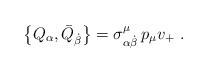
LaTeX: \begin{align*}\left\{ Q_\alpha ,\bar{Q}_{\dot{\beta}}\right\} =\sigma _{\alpha \dot{\beta}}^\mu \,p_\mu v_{+}\,\,. \end{align*}